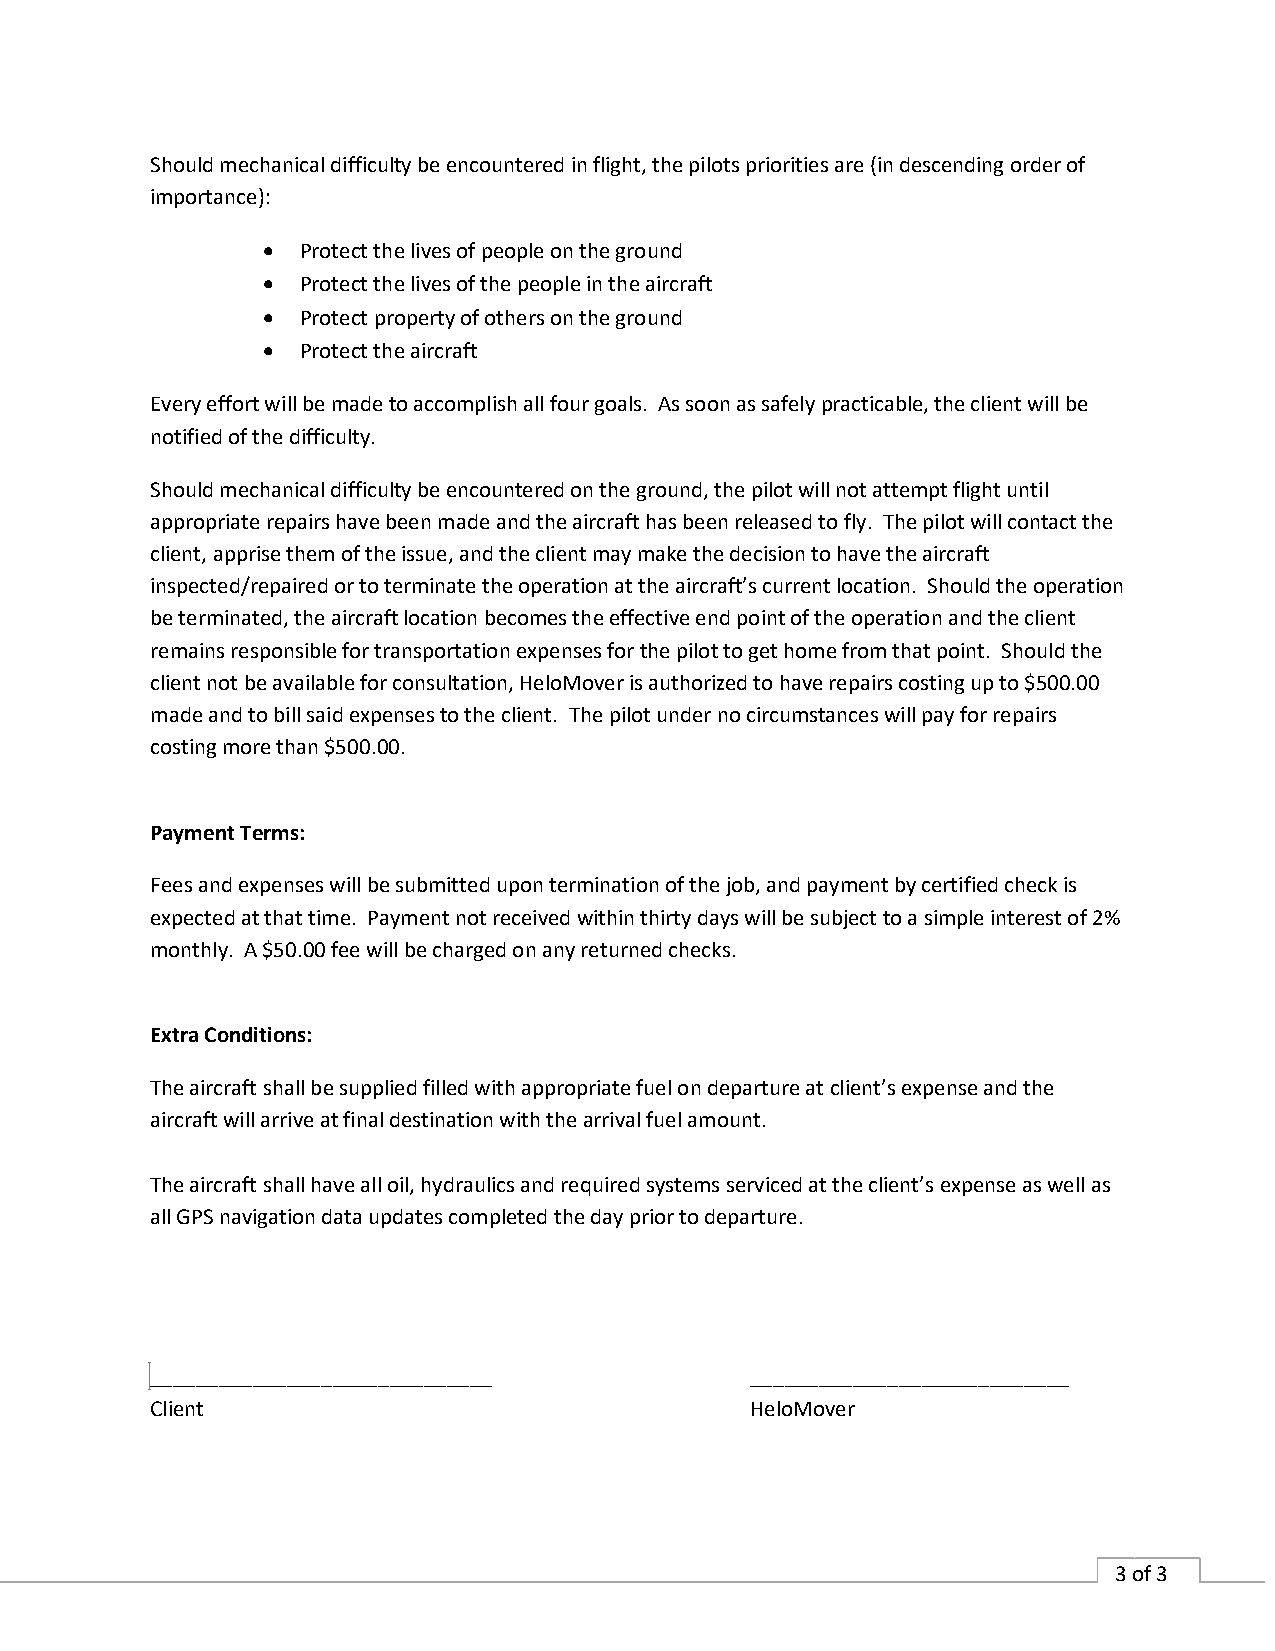
Should mechanical difficulty be encountered in flight, the pilots priorities are (in descending order of
 importance):
   Protect the lives of people on the ground
   Protect the lives of the people in the aircraft
   Protect property of others on the ground
   Protect the aircraft
 Every effort will be made to accomplish all four goals. As soon as safely practicable, the client will be
 notified of the difficulty.
 Should mechanical difficulty be encountered on the ground, the pilot will not attempt flight until
 appropriate repairs have been made and the aircraft has been released to fly. The pilot will contact the
 client, apprise them of the issue, and the client may make the decision to have the aircraft
 inspected/repaired or to terminate the operation at the aircraft’s current location. Should the operation
 be terminated, the aircraft location becomes the effective end point of the operation and the client
 remains responsible for transportation expenses for the pilot to get home from that point. Should the
 client not be available for consultation, HeloMover is authorized to have repairs costing up to $500.00
 made and to bill said expenses to the client. The pilot under no circumstances will pay for repairs
 costing more than $500.00.
 Payment Terms:
 Fees and expenses will be submitted upon termination of the job, and payment by certified check is
 expected at that time. Payment not received within thirty days will be subject to a simple interest of 2%
 monthly. A $50.00 fee will be charged on any returned checks.
 Extra Conditions:
 The aircraft shall be supplied filled with appropriate fuel on departure at client’s expense and the
 aircraft will arrive at final destination with the arrival fuel amount.
 The aircraft shall have all oil, hydraulics and required systems serviced at the client’s expense as well as
 all GPS navigation data updates completed the day prior to departure.
 ______________________________          ____________________________
 Client                                  HeloMover
 3 of 3